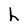
Character: h